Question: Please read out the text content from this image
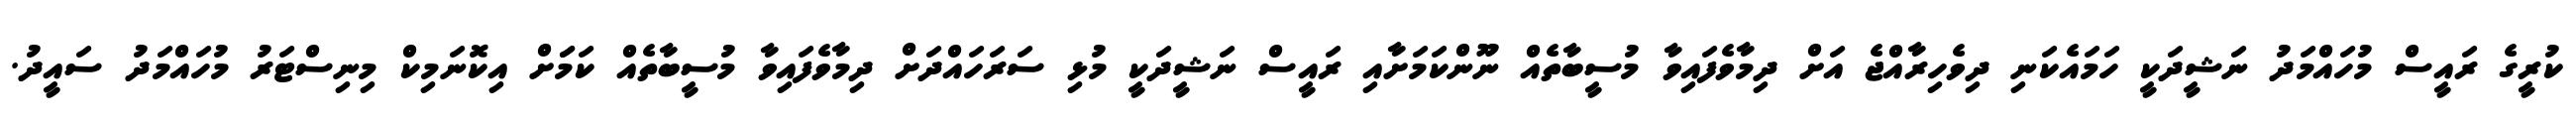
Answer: ކުރީގެ ރައީސް މުހައްމަދު ނަޝީދަކީ ހަމައެކަނި ދިވެހިރާއްޖެ އަށް ދިމާވެފައިވާ މުސީބާތެއް ނޫންކަމަށާއި ރައީސް ނަޝީދަކީ މުޅި ސަރަހައްދަށް ދިމާވެފައިވާ މުސީބާތެއް ކަމަަށް އިކޮނަމިކް މިނިސްޓަރު މުހައްމަދު ސައީދު.